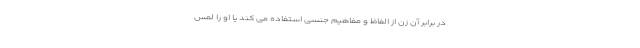
در برابر آن زن از الفاظ و مفاهیم جنسی استفاده می کند یا او را لمس